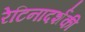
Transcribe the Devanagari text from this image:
रेटिनादर्शकी